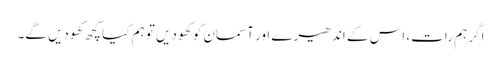
اگر ہم رات، اس کے اندھیرے اور آسمان کو کھو دیں تو ہم کیا کچھ کھودیں گے۔